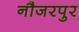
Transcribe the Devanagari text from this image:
नौजरपुर